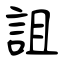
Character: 詛